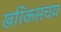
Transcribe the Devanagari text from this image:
खरिकसंचय